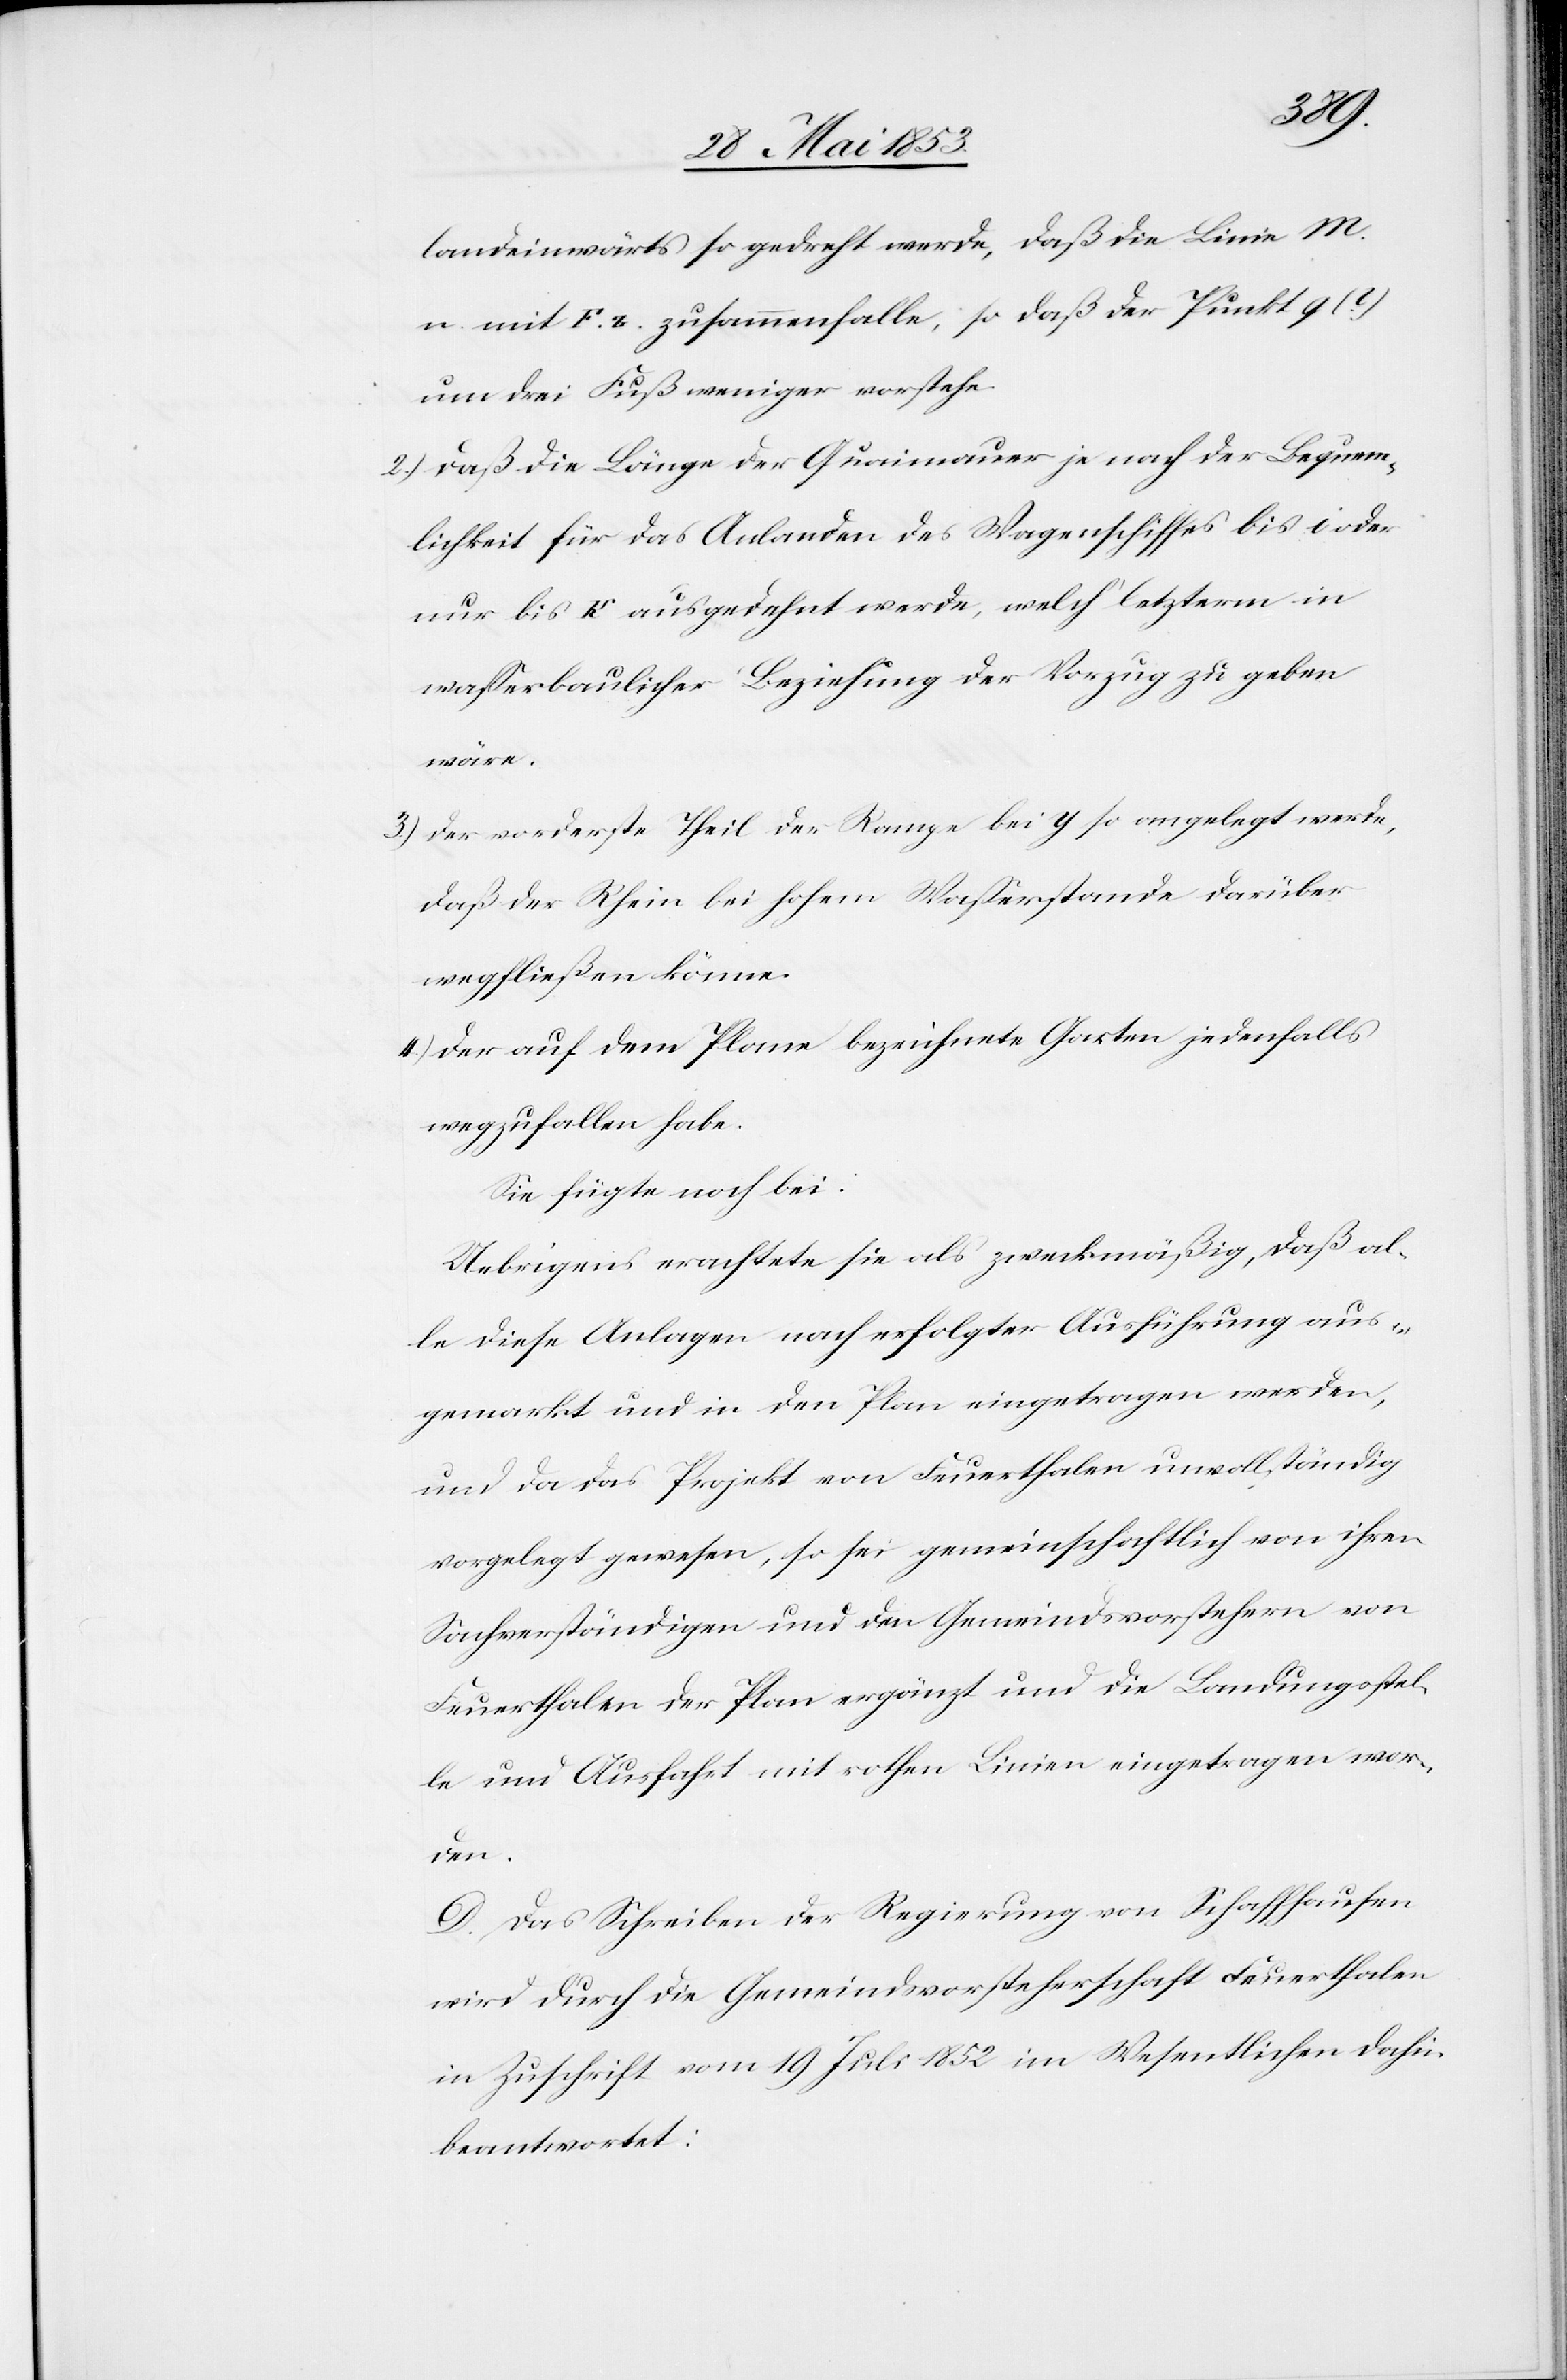
landeinwärts so gedreht werde, daß die Linie M.
n. mit F. r. zusammenfalle, so daß der Punkt 9
um drei Fuß weniger vorstehe.
2.) daß die Länge der Quaimauer je nach der Bequem¬
lichkeit für das Anlanden des Wagenschiffes bis i oder
nur bis k ausgedehnt werde, welch’ letzterm in
waßerbaulicher Beziehung der Vorzug zu geben
wäre.
3.) der vorderste Theil der Rampe bei y so angelegt werde,
daß der Rhein bei hohem Waßerstande darüber
wegfließen könne.
4.) der auf dem Plane bezeichnete Garten jedenfalls
wegzufallen habe.
Sie fügte noch bei:
Uebrigens erachtete sie als zweckmäßig, daß al¬
le diese Anlagen nach erfolgter Ausführung aus¬
gemarkt und in den Plan eingetragen werden,
und da das Projekt von Feuerthalen unvollständig
vorgelegt gewesen, so sei gemeinschaftlich von ihren
Sachverständigen und den Gemeindsvorstehern von
Feuerthalen der Plan ergänzt und die Landungsstel¬
le und Ausfahrt mit rothen Linien eingetragen wor¬
den.
D. Das Schreiben der Regierung von Schaffhausen
wird durch die Gemeindsvorsteherschaft Feuerthalen
in Zuschrift vom 19 Juli 1852 im Wesentlichen dahin
beantwortet: